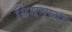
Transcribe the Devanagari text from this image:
विमनुष्या